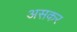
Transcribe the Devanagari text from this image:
असकर